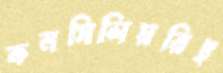
কনসিলিয়রিই